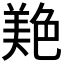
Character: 𦫧